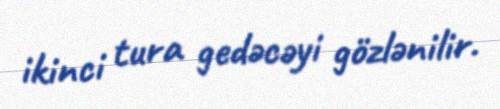
ikinci tura gedəcəyi gözlənilir.